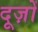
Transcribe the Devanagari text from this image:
दूज़ों